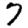
Digit: 7